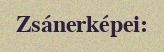
Zsánerképei: